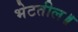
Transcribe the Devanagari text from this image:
भेटतील॥